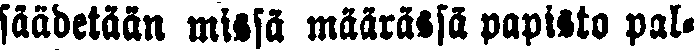
säädetään missä määrässä papisto pal-